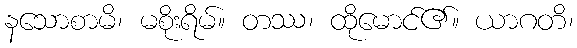
နသောစာမိ၊ မစိုးရိမ်။ တဿ၊ ထိုမောင်၏။ ယာဂတိ၊